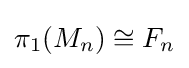
\pi _{1}(M_{n})\cong F_{n}